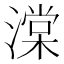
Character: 𬈷